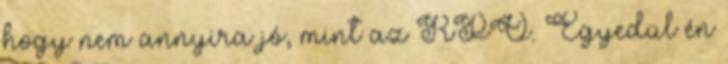
hogy nem annyira jó, mint az RPO. Egyedül én